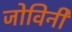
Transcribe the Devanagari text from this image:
जोविनी